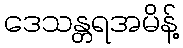
ဒေသန္တရအမိန့်